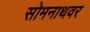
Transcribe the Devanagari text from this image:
सोमनाथवर